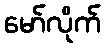
မော်လိုက်